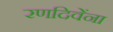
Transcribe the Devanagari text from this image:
रणदिवेंना